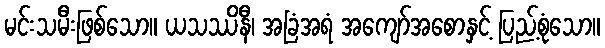
မင်းသမီးဖြစ်သော။ ယသဿိနီ၊ အခြံအရံ အကျော်အစောနှင့် ပြည့်စုံသော။